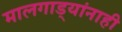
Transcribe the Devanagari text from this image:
मालगाड्यांनाही